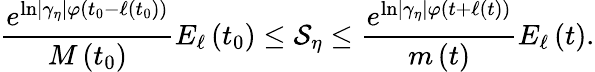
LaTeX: \frac{e^{\ln\left\vert\gamma_{\eta}\right\vert\varphi(t_{0}-\ell\left(t_{0}\right))}}{M\left(t_{0}\right)}E_{\ell}\left(t_{0}\right)\leq\mathcal{S}_{\eta}\leq\frac{e^{\ln\left\vert\gamma_{\eta}\right\vert\varphi(t+\ell\left(t\right))}}{m\left(t\right)}E_{\ell}\left(t\right).